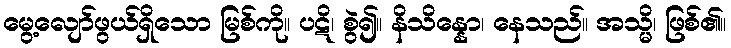
မွေ့လျော်ဖွယ်ရှိသော မြစ်ကို။ ပဋိ၊ စွဲ၍။ နိသိန္နော၊ နေသည်။ အသ္မိ၊ ဖြစ်၏။